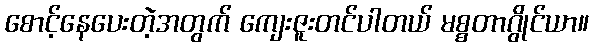
စောင့်နေပေးတဲ့အတွက် ကျေးဇူးတင်ပါတယ် မစ္စတာဂွိုင်ယာ။